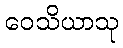
ဝေသိယာသု